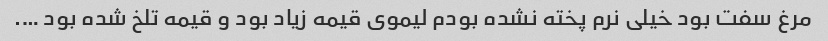
مرغ سفت بود خیلی نرم پخته نشده بودم لیموی قیمه زیاد بود و قیمه تلخ شده بود ….